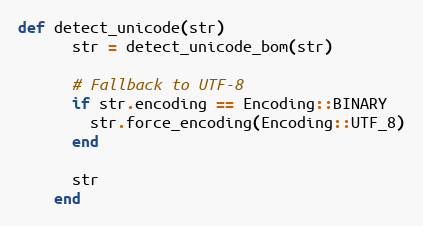
Language: Ruby
def detect_unicode(str)
      str = detect_unicode_bom(str)

      # Fallback to UTF-8
      if str.encoding == Encoding::BINARY
        str.force_encoding(Encoding::UTF_8)
      end

      str
    end